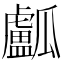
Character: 𤬛